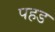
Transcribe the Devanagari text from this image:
पहड